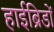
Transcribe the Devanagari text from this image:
हाईब्रिडों